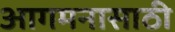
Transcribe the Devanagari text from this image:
आगमनासाठी